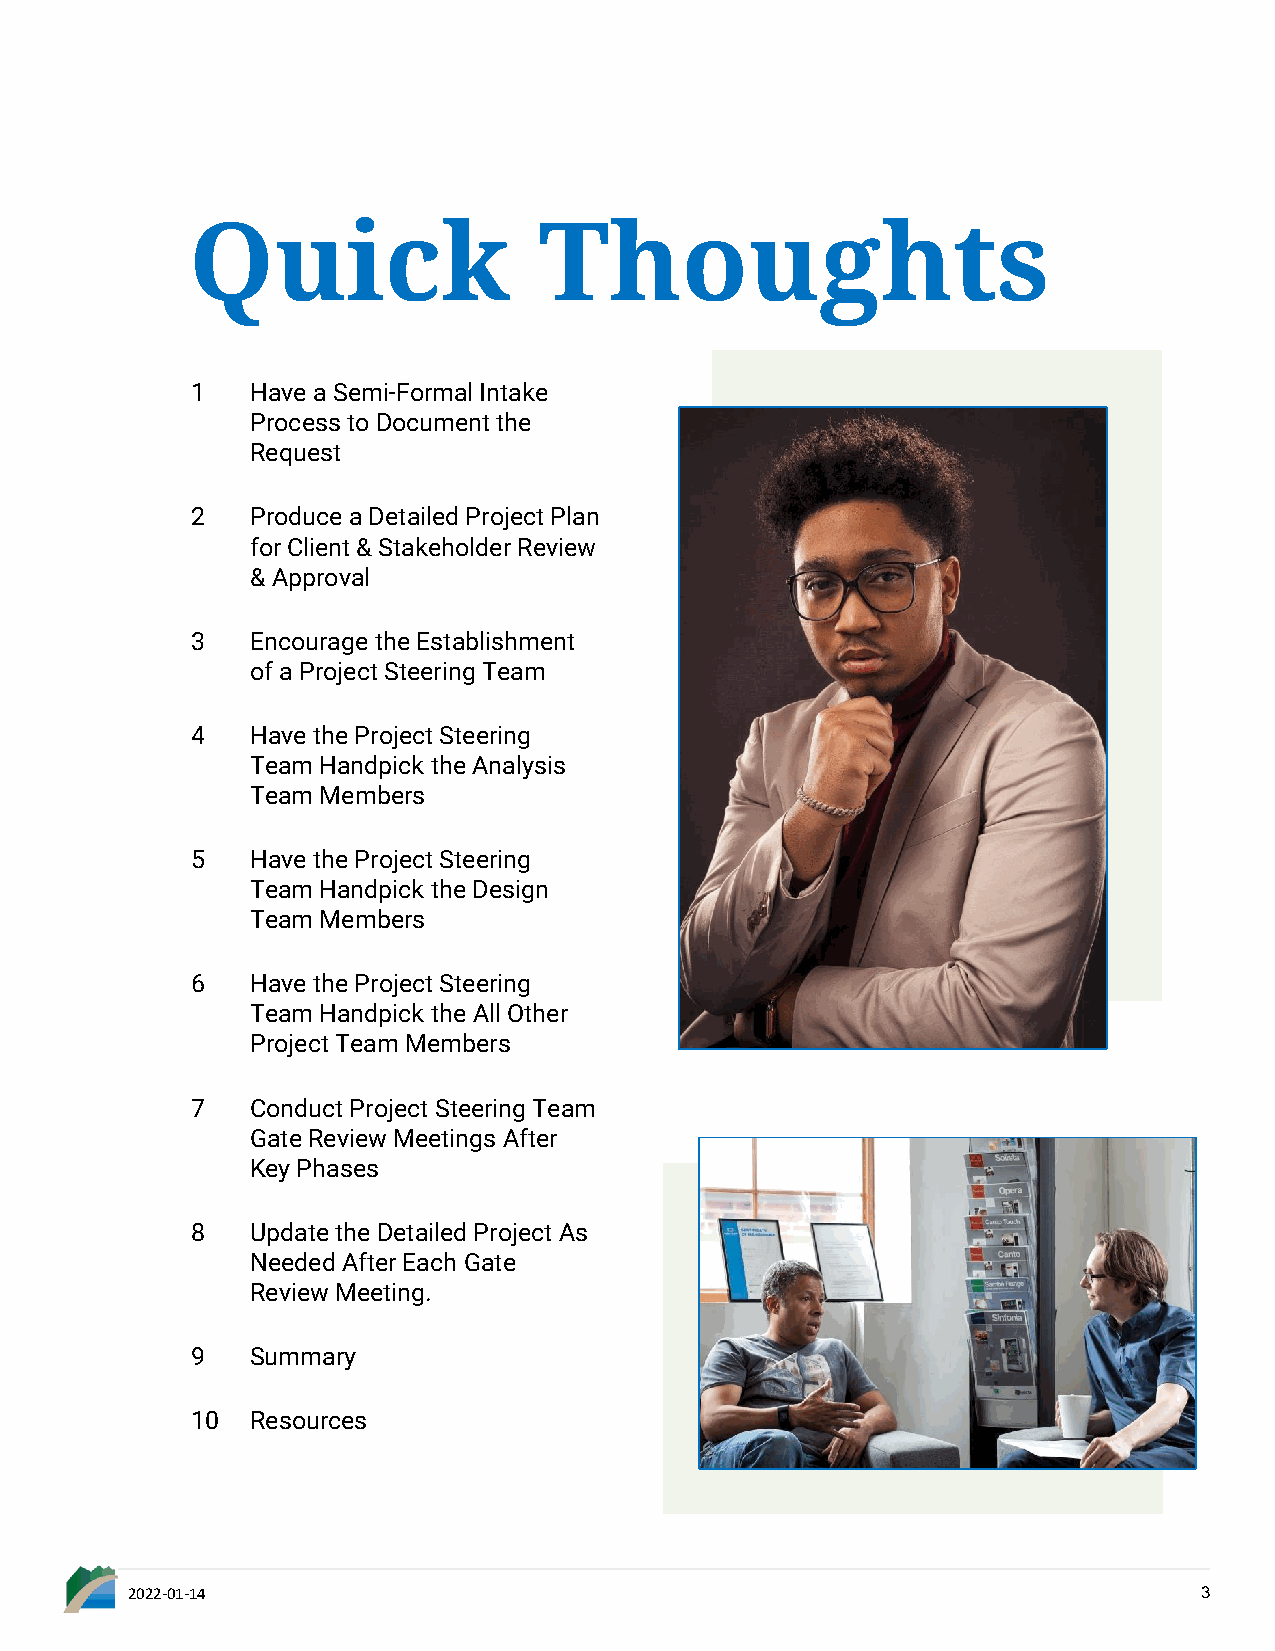
Quick                  Thoughts
 1   Have a Semi-Formal Intake
 Process to Document the
 Request
 2   Produce a Detailed Project Plan
 for Client & Stakeholder Review
 & Approval
 3   Encourage the Establishment
 of a Project Steering Team
 4   Have the Project Steering
 Team Handpick the Analysis
 Team Members
 5   Have the Project Steering
 Team Handpick the Design
 Team Members
 6   Have the Project Steering
 Team Handpick the All Other
 Project Team Members
 7   Conduct Project Steering Team
 Gate Review Meetings After
 Key Phases
 8   Update the Detailed Project As
 Needed After Each Gate
 Review Meeting.
 9   Summary
 10  Resources
 2022-01-14                                                              3